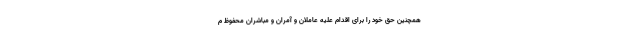
همچنین حق خود را برای اقدام علیه عاملان و آمران و مباشران محفوظ م